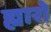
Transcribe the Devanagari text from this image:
ह्यारो